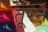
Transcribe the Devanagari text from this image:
तूरन